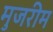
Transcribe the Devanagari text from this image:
मुजरीम